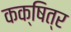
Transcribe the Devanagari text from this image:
कक्षित्र